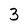
Character: 3